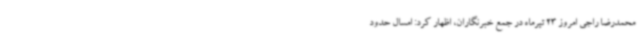
محمدرضا راجی امروز 23 تیرماه در جمع خبرنگاران، اظهار کرد: امسال حدود